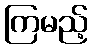
ကြမည့်